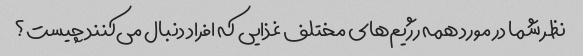
نظر شما در مورد همه رژیم‌های مختلف غذایی که افراد دنبال می‌کنند چیست؟